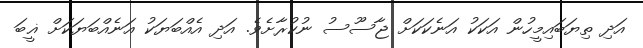
އަދި ތިޔަބައިމީހުން އަކަކު އަނެކަކަށް ޖާސޫސު ނުކުރާށެވެ. އަދި އެއްބަޔަކު އަނެއްބަޔަކަށް ޣީބަ